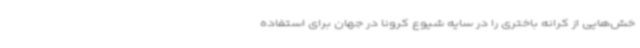
خش‌هایی از کرانه باختری را در سایه شیوع کرونا در جهان برای استفاده